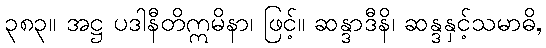
၃၈၃။ အဋ္ဌ ပဒါနီတိဣမိနာ၊ ဖြင့်။ ဆန္ဒာဒီနိ၊ ဆန္ဒနှင့်သမာဓိ,